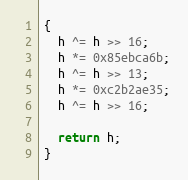
Language: C++
{
  h ^= h >> 16;
  h *= 0x85ebca6b;
  h ^= h >> 13;
  h *= 0xc2b2ae35;
  h ^= h >> 16;

  return h;
}